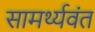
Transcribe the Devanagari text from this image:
सामर्थ्यवंत